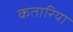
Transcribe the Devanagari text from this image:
कतारिया